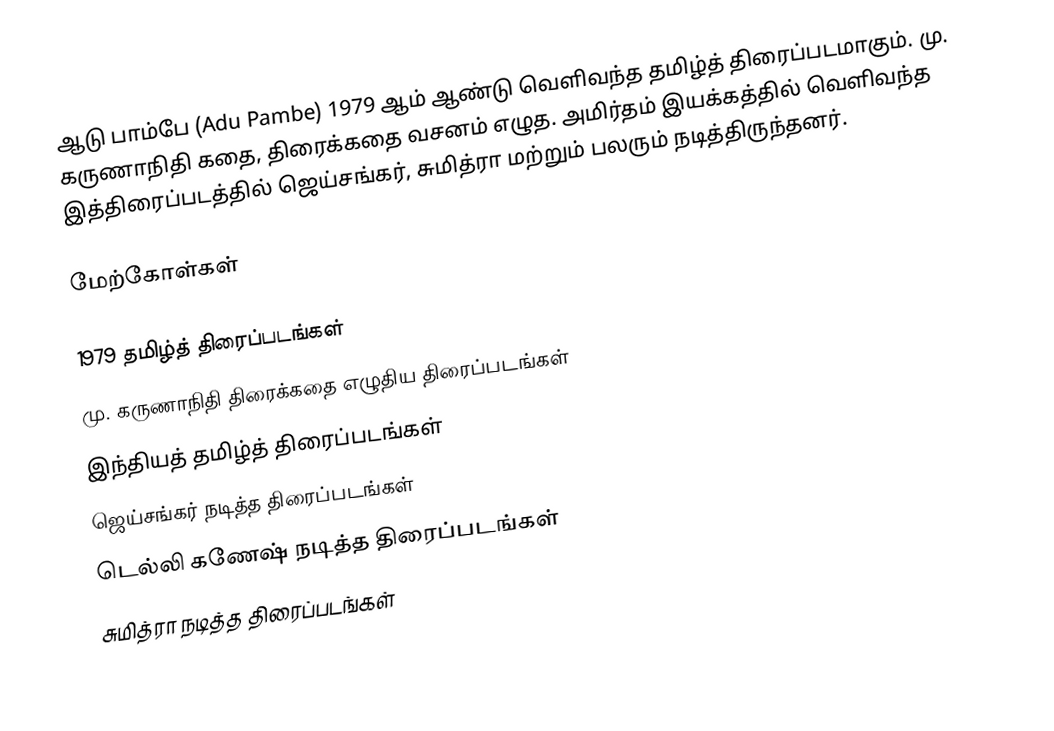
ஆடு பாம்பே (Adu Pambe) 1979 ஆம் ஆண்டு வெளிவந்த தமிழ்த் திரைப்படமாகும்.  மு. கருணாநிதி கதை, திரைக்கதை வசனம் எழுத.  அமிர்தம் இயக்கத்தில் வெளிவந்த இத்திரைப்படத்தில் ஜெய்சங்கர், சுமித்ரா மற்றும் பலரும் நடித்திருந்தனர்.

மேற்கோள்கள்

1979 தமிழ்த் திரைப்படங்கள்
மு. கருணாநிதி திரைக்கதை எழுதிய திரைப்படங்கள்
இந்தியத் தமிழ்த் திரைப்படங்கள்
ஜெய்சங்கர் நடித்த திரைப்படங்கள்
டெல்லி கணேஷ் நடித்த திரைப்படங்கள்
சுமித்ரா நடித்த திரைப்படங்கள்